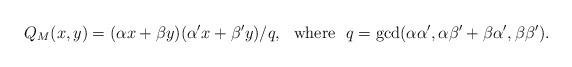
LaTeX: \begin{align*}Q_{M}(x,y)=(\alpha x+\beta y)(\alpha' x+\beta'y)/q,\mbox{~~where~~}q=\gcd(\alpha\alpha',\alpha\beta'+\beta\alpha',\beta\beta').\end{align*}